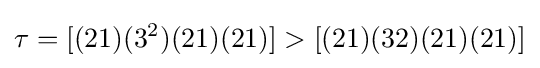
\tau =[(21)(3^{2})(21)(21)]>[(21)(32)(21)(21)]